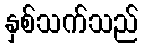
နှစ်သက်သည်